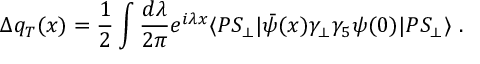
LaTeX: \Delta q _ { T } ( x ) = { \frac { 1 } { 2 } } \int { \frac { d \lambda } { 2 \pi } } e ^ { i \lambda x } \langle P S _ { \perp } | \bar { \psi } ( x ) \gamma _ { \perp } \gamma _ { 5 } \psi ( 0 ) | P S _ { \perp } \rangle \ .